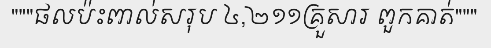
"""ផលប៉ះពាល់សរុប ៤,២១១គ្រួសារ ពួកគាត់"""